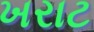
ખરાટ